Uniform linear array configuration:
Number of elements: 16
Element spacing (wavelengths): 0.25
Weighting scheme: blackman
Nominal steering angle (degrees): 15
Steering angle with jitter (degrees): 16.499
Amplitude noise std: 0.05
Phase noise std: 0.05

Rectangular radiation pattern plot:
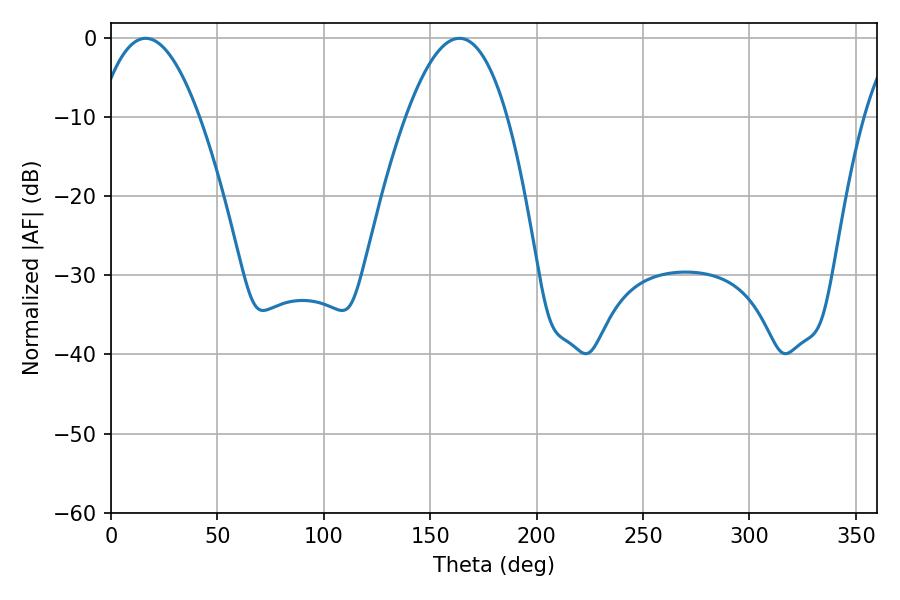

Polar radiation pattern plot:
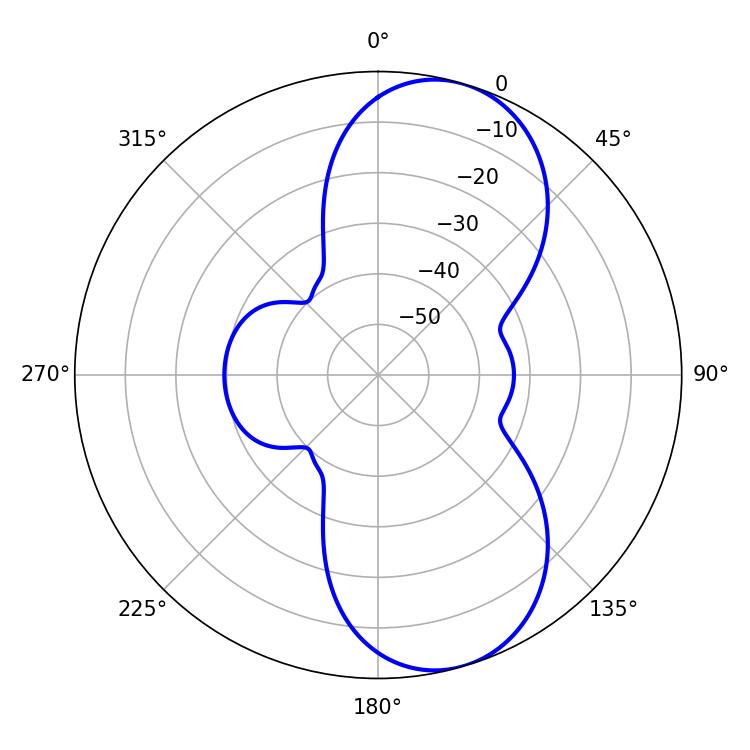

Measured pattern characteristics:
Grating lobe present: FALSE
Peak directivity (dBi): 8.491
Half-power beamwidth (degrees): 26.1
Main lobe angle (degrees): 16.38